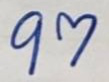
97